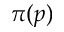
\pi ( p )